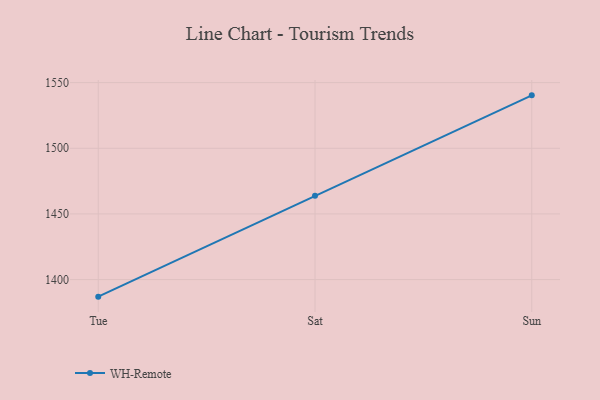
{"axis": {"x": "Day", "y": "Gross Profit (USD K)"}, "legend": ["WH-Remote"], "data": [{"x": "Tue", "y": 1387.0, "type": "WH-Remote"}, {"x": "Sat", "y": 1463.8, "type": "WH-Remote"}, {"x": "Sun", "y": 1540.3, "type": "WH-Remote"}]}